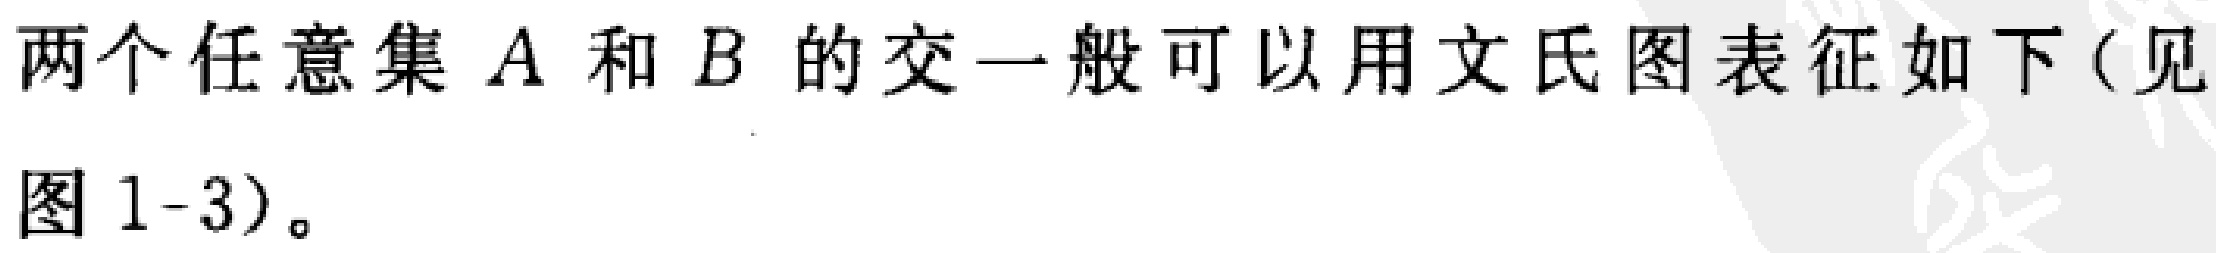
两个任意集 \(A\) 和 \(B\) 的交一般可以用文氏图表征如下（见图 1-3）。